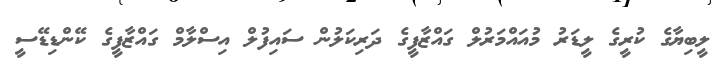
ލީބިޔާގެ ކުރީގެ ލީޑަރު މުއައްމަރުލް ގައްޒާފީގެ ދަރިކަލުން ސައިފުލް އިސްލާމް ގައްޒާފީގެ ކޭންޑިޑޭސީ